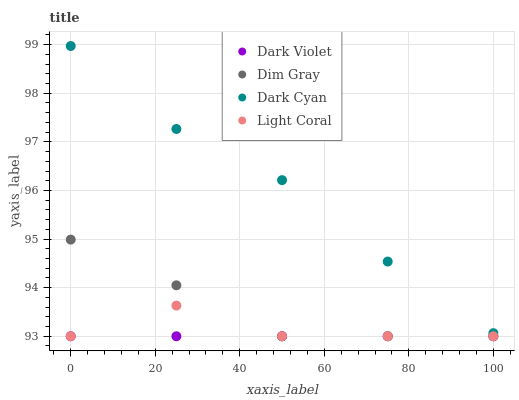
| xaxis_label | Dark Violet | Dim Gray | Dark Cyan | Light Coral |
 | --- | --- | --- | --- | --- |
 | 0 | 93 | 95 | 99 | 93 |
 | 25 | 93 | 94 | 97.3 | 93.6 |
 | 50 | 93 | 93 | 96.2 | 93 |
 | 75 | 93 | 93 | 94.5 | 93 |
 | 100 | 93 | 93 | 93.1 | 93 |